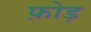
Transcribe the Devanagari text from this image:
फ़ोड़